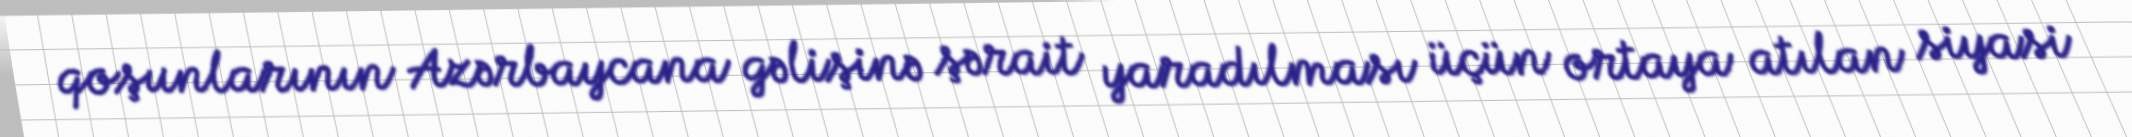
qoşunlarının Azərbaycana gəlişinə şərait yaradılması üçün ortaya atılan siyasi